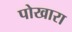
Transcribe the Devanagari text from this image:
पोखारा